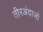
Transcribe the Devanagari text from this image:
तीरअंदाजों